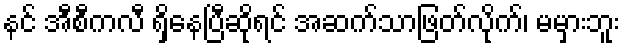
နင် အီစီကလီ ရှိနေပြီဆိုရင် အဆက်သာဖြတ်လိုက်၊ မမှားဘူး